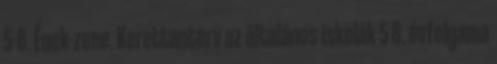
5-8. Ének-zene. Kerettanterv az általános iskolák 5 8. évfolyama